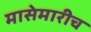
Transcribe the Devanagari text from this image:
मासेमारीच